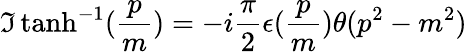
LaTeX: \Im\operatorname{tanh}^{-1}(\frac{p}{m})=-i\frac{\pi}{2}\epsilon(\frac{p}{m})\theta(p^{2}-m^{2})